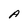
Character: A